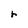
Character: r